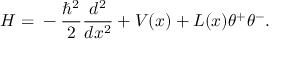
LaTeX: H = { } - \frac { \hbar ^ { 2 } } { 2 } \frac { d ^ { 2 } } { d x ^ { 2 } } + V ( x ) + L ( x ) \theta ^ { + } \theta ^ { - } .